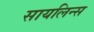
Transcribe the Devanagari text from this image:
सायलिन्स